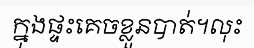
ក្នុងផ្ទះគេចខ្លួនបាត់។លុះ